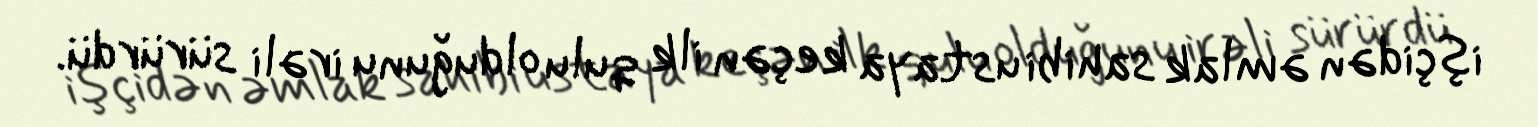
işçidən əmlak sahibi ustaya keçən ilk qulu olduğunu irəli sürürdü.